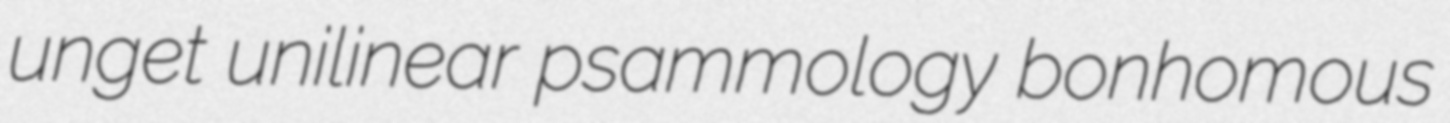
unget unilinear psammology bonhomous